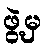
ဖွဲ့မှ